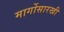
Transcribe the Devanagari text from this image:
मार्गोसारखी